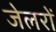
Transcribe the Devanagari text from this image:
जेलरों